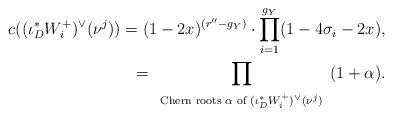
LaTeX: \begin{align*} c((\iota_{D}^{*}W^{+}_{i})^{\vee}(\nu^{j}))= (1-2x)^{(r''-g_{Y})}\cdot\prod_{i=1}^{g_{Y}}(1-4\sigma_{i}-2x),\\=\prod _{\begin{array}{c} \mbox{\scriptsize Chern roots $\alpha$ of $(\iota_{D}^{*}W^{+}_{i})^{\vee}(\nu^{j})$}\\ \end{array}} (1+{\alpha}).\\\end{align*}